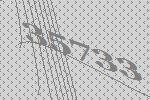
35733